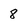
Character: 8